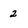
Character: 2